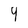
Character: Y